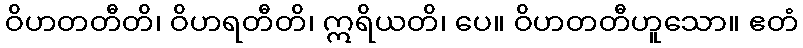
ဝိဟတတီတိ၊ ဝိဟရတီတိ၊ ဣရိယတိ၊ ပေ။ ဝိဟတတီဟူသော။ ဧတံ